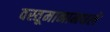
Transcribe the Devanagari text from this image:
वस्तूमानामधले